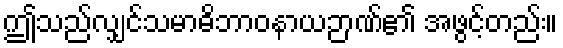
ဤသည်လျှင်သမာဓိဘာဝနာယဉာဏ်၏ အဖွင့်တည်း။